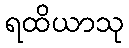
ရထိယာသု